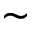
\sim